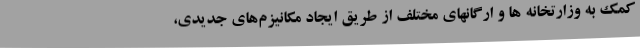
کمک به وزارتخانه ها و ارگانهای مختلف از طریق ایجاد مکانیزم‌های جدیدی،